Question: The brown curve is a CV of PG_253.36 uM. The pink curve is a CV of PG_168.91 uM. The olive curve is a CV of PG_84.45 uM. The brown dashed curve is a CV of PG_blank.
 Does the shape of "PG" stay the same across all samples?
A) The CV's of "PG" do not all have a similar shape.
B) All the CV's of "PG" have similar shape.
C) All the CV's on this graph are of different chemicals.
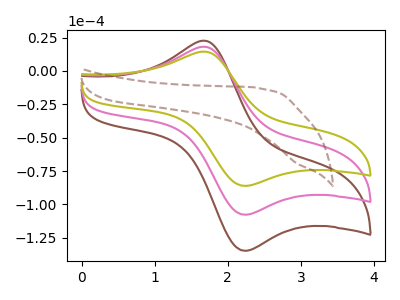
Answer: <think>The brown curve "PG_253.36 uM" has an anodic peak at (1.70V, 36.05uA) and a cathodic peak at (2.20V, -215.30uA). The pink curve "PG_168.91 uM" has an anodic peak at (1.70V, 18.05uA) and a cathodic peak at (2.20V, -107.65uA). The olive curve "PG_84.45 uM" has an anodic peak at (1.70V, 14.40uA) and a cathodic peak at (2.20V, -86.05uA). The brown dashed curve "PG_blank" has no peaks.
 All the peaks in "PG_253.36 uM" have a peak in "PG_168.91 uM" at the same potential. Every peak in "PG_253.36 uM" is higher than every peak in "PG_168.91 uM". All the peaks in "PG_253.36 uM" have a peak in "PG_84.45 uM" at the same potential. Every peak in "PG_253.36 uM" is higher than every peak in "PG_84.45 uM". "PG_253.36 uM" and "PG_blank" have a different number of peaks. All the peaks in "PG_168.91 uM" have a peak in "PG_84.45 uM" at the same potential. Every peak in "PG_168.91 uM" is higher than every peak in "PG_84.45 uM". "PG_168.91 uM" and "PG_blank" have a different number of peaks. "PG_84.45 uM" and "PG_blank" have a different number of peaks.</think>
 <answer>B) All the CV's of "PG" have similar shape.</answer>
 <eval>B</eval>